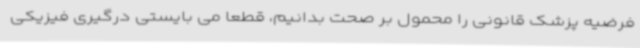
فرضیه پزشک قانونی را محمول بر صحت بدانیم، قطعا می بایستی درگیری فیزیکی